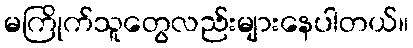
မကြိုက်သူတွေလည်းများနေပါတယ်။